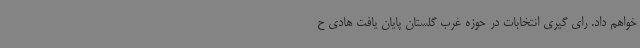
خواهم داد. رای گیری انتخابات در حوزه غرب گلستان پایان یافت هادی ح